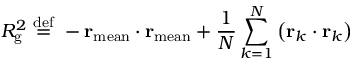
R _ { \mathrm { g } } ^ { 2 } \ { \stackrel { \mathrm { d e f } } { = } } \ - \mathbf { r } _ { \mathrm { m e a n } } \cdot \mathbf { r } _ { \mathrm { m e a n } } + { \frac { 1 } { N } } \sum _ { k = 1 } ^ { N } \left( \mathbf { r } _ { k } \cdot \mathbf { r } _ { k } \right)